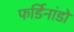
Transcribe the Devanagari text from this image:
फर्डिनांडो